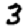
Digit: 3